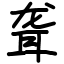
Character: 聋